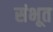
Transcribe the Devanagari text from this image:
संभूत